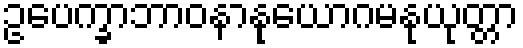
ဥပေက္ခာဘာဝနာနုယောဂမနုယုတ္တာ